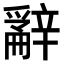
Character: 𨐲